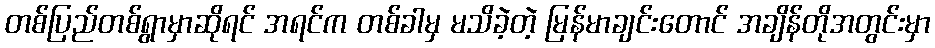
တစ်ပြည်တစ်ရွာမှာဆိုရင် အရင်က တစ်ခါမှ မသိခဲ့တဲ့ မြန်မာချင်းတောင် အချိန်တိုအတွင်းမှာ